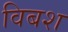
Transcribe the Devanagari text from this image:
विबश